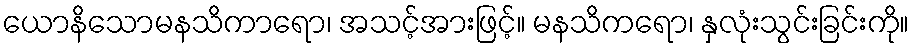
ယောနိသောမနသိကာရော၊ အသင့်အားဖြင့်။ မနသိကရော၊ နှလုံးသွင်းခြင်းကို။